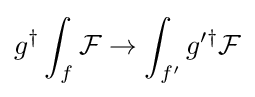
g^{\dagger }\int _{f}{\mathcal {F}}\to \int _{f'}g'^{\dagger }{\mathcal {F}}